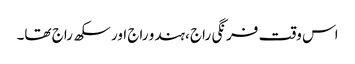
اس وقت فرنگی راج ،ہندو راج اور سکھ راج تھا۔